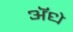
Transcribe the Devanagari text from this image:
ॲधे